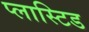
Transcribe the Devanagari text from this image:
प्लास्टिड